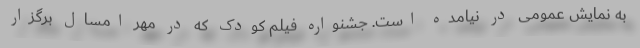
به نمایش عمومی در نیامده است. جشنواره فیلم کودک که در مهر امسال برگزار